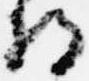
将